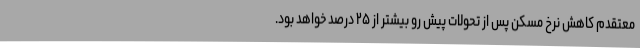
معتقدم کاهش نرخ مسکن پس از تحولات پیش رو بیشتر از ۲۵ درصد خواهد بود.